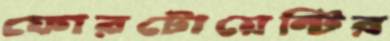
ফোরটোয়েন্টির